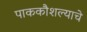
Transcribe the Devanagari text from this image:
पाककौशल्याचे